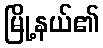
မြို့နယ်၏